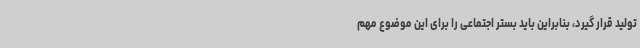
تولید قرار گیرد، بنابراین باید بستر اجتماعی را برای این موضوع مهم